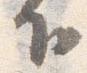
下